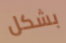
بشكل